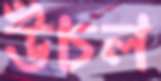
উঁচল